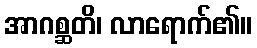
အာဂစ္ဆတိ၊ လာရောက်၏။